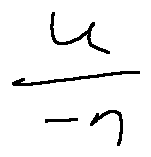
\frac { v } { - n }